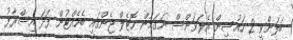
ބަލަންވީ 2 ހައުސިން އެލަވަންސް ނަގަމުން ހޮޓެލް ޖެންގައި ބެހެއްޓުން ފަދަ އިސްރާފު